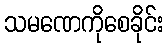
သမဏေကိုစေခိုင်း